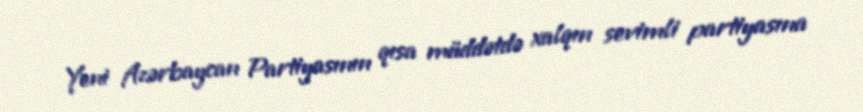
Yeni Azərbaycan Partiyasının qısa müddətdə xalqın sevimli partiyasına